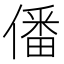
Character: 僠